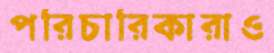
পরিচারিকারাও